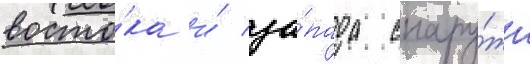
восто́ка и́ за́пада снару́жи